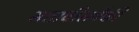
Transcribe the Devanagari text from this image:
सत्तावीसपैकी